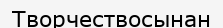
Творчествосынан